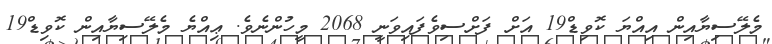
މެލޭސިޔާއިން އިއްޔަ ކޮވިޑް19 އަށް ފަށްސިވެފައިވަނީ 2068 މީހުންނެވެ. ޢިއްޔެ މެލޭސިޔާއިން ކޮވިޑް19